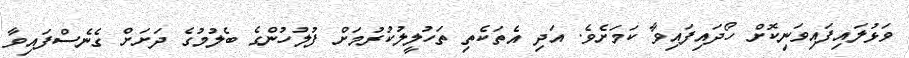
ވަޅުލައިފައިވަނިކޮށް ހޯދައިފައިވާ ކަމަށެވެ. އަދި އެތަކެތި ތަހުލީލުކުރުމަށް ފުލުހުންގެ ބެލުމުގެ ދަށަށް ގެނެސްފައިވާ